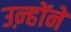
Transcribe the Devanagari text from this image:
उऩ्होंने